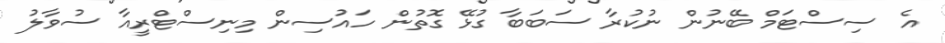
އެ ސިސްޓަމް ބޭނުން ނުކުރާ ސަބަބާ ގުޅޭ ގޮތުން ހައުސިން މިނިސްޓްރީއާ ސުވާލު